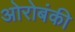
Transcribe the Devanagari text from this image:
ओरोबंकी